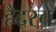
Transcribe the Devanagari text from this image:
हैदरचे